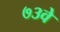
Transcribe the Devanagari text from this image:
७३वे